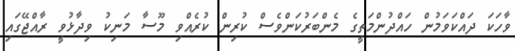
ވާހަކަ ދައްކަވަމުން ހައްދުންމަތީގެ މެންބަރުކަންވެސް ކުރިން ކުރެއްވި މޫސާ މަނިކު ވިދާޅުވީ ރާއްޖޭގައި